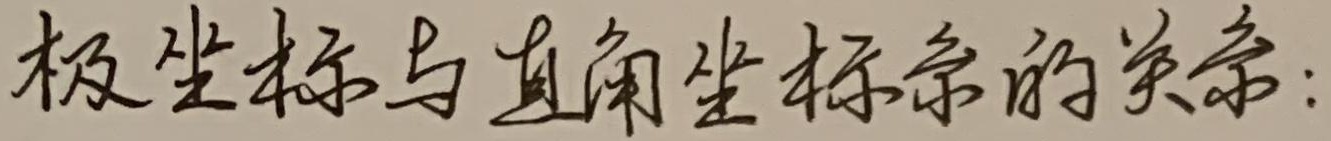
极坐标与直角坐标系的关系：